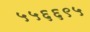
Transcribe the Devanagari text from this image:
५५६६९५